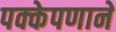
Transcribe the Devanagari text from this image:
पक्केपणाने